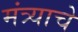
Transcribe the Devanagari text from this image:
मंत्र्याचे